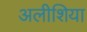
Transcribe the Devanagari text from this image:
अलीशिया